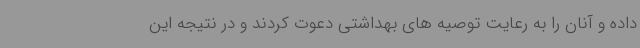
داده و آنان را به رعایت توصیه های بهداشتی دعوت کردند و در نتیجه این